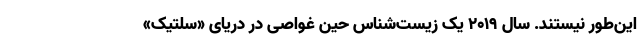
این‌طور نیستند. سال ۲۰۱۹ یک زیست‌شناس حین غواصی در دریای «سلتیکِ»